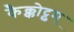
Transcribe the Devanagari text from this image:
कैक्कोट्टुम्